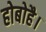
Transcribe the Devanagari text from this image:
होबोहै।